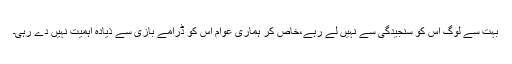
بہت سے لوگ اس کو سنجیدگی سے نہیں لے رہے،خاص کر ہماری عوام اس کو ڈرامے بازی سے ذیادہ اہمیت نہیں دے رہی۔